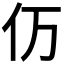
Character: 𮯵